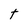
Character: t